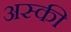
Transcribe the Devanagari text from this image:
अस्की